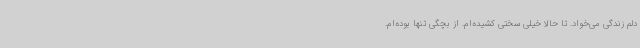
دلم زندگی می‌خواد. تا حالا خیلی سختی کشیده‌ام. از بچگی تنها بوده‌ام.